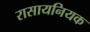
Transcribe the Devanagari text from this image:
रासायनियक